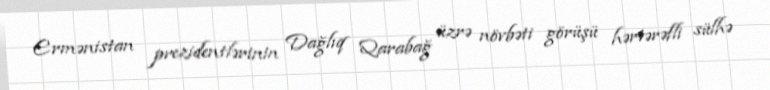
Ermənistan prezidentlərinin Dağlıq Qarabağ üzrə növbəti görüşü hərtərəfli sülhə